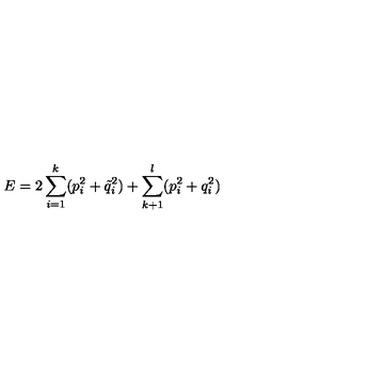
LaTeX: E = 2 \sum _ { i = 1 } ^ { k } ( p _ { i } ^ { 2 } + \tilde { q } _ { i } ^ { 2 } ) + \sum _ { k + 1 } ^ { l } ( p _ { i } ^ { 2 } + q _ { i } ^ { 2 } )